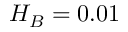
H _ { B } = 0 . 0 1